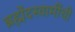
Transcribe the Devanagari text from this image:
ब्रह्मेंदस्वामींची